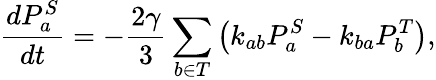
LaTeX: \frac{dP_{a}^{S}}{dt}=-\frac{2\gamma}{3}\sum_{b\in T}\left(k_{ab}P_{a}^{S}-k_{ba}P_{b}^{T}\right),